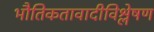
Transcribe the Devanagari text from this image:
भौतिकतावादीविश्लेषण